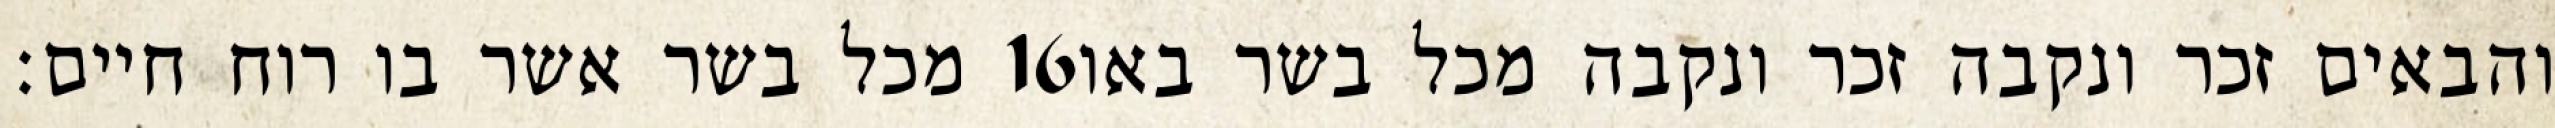
מכל בשר אשר בו רוח חיים׃ ‎16‏ והבאים זכר ונקבה זכר ונקבה מכל בשר באו